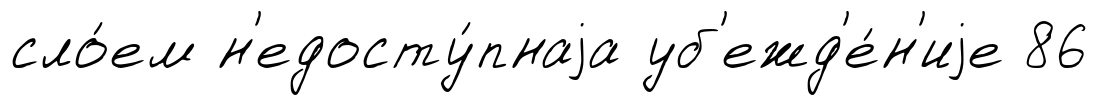
сло́ем н'едосту́пнаjа уб'ежд'е́н'иjе 86